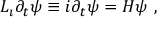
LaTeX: L _ { \i } \partial _ { t } \psi \equiv i \partial _ { t } \psi = H \psi ~ ,